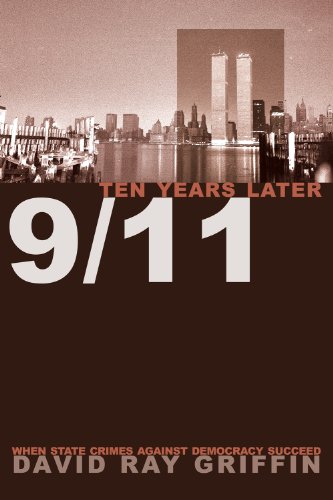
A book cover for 9/11 Ten Years Later: When State Crimes Against Democracy Succeed; David Ray Griffin; History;